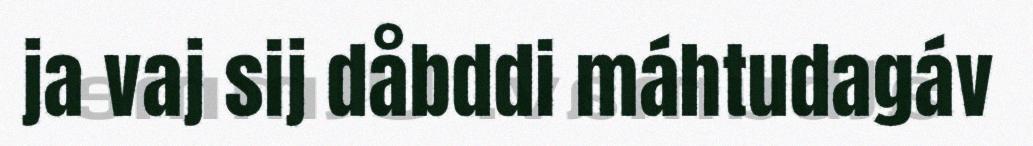
ja vaj sij dåbddi máhtudagáv